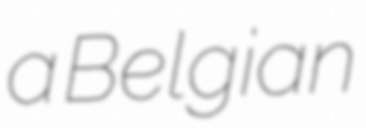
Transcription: a Belgian